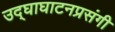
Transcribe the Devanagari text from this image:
उद्‌घाघाटनप्रसंगी